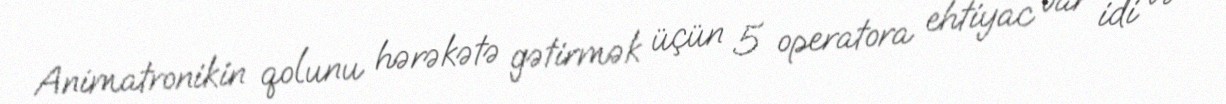
Animatronikin qolunu hərəkətə gətirmək üçün 5 operatora ehtiyac var idi və